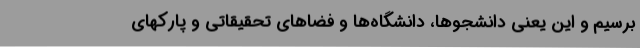
برسیم و این یعنی دانشجوها، دانشگاه‌ها و فضاهای تحقیقاتی و پارکهای